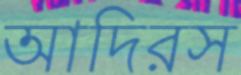
আদিরস